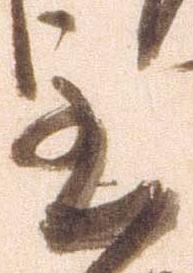
至